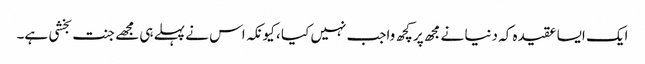
ایک ایسا عقیدہ کہ دنیا نے مجھ پر کچھ واجب نہیں کیا ، کیونکہ اس نے پہلے ہی مجھے جنت بخشی ہے۔